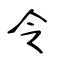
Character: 令